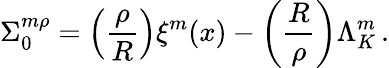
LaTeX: \Sigma_{0}^{m\rho}=\left({\frac{\rho}{R}}\right)\xi^{m}(x)-\left({\frac{R}{\rho}}\right)\Lambda_{K}^{m}\, .